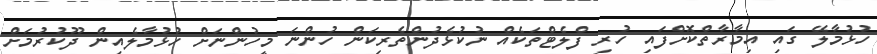
ހުޅުމާލޭ ގައި އިމާރާތްކޮށްފައި ހުރި ފްލެޓްތަކެއް ނުކުޅެދުންތެރިކަން ހުންނަ މީހުންނަށް ހުޅުމާލެއިން ދޫކުރުމަށް